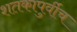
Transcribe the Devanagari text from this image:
शतकापुर्वीच